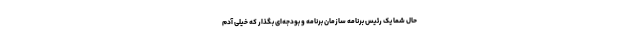
حال شما یک رئیس برنامه سازمان برنامه و بودجه‌ای بگذار که خیلی آدم